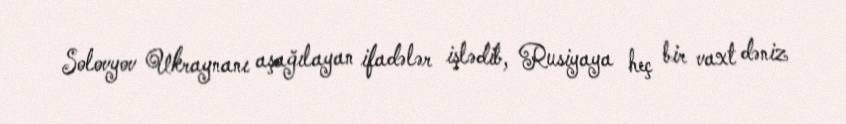
Solovyov Ukraynanı aşağılayan ifadələr işlədib, Rusiyaya heç bir vaxt dəniz